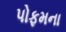
પોફમના